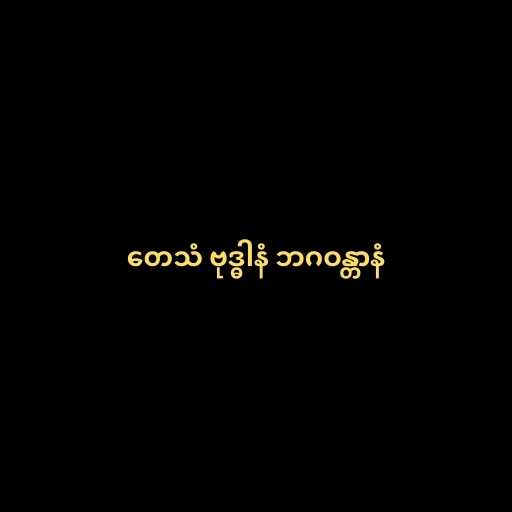
တေသံ ဗုဒ္ဓါနံ ဘဂဝန္တာနံ